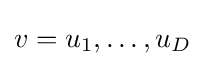
v=u_{1},\ldots ,u_{D}